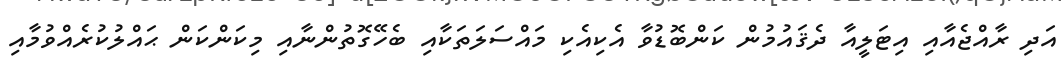
އަދި ރާއްޖެއާއި އިޓަލީއާ ދެޤައުމުން ކަންބޮޑުވާ އެކިއެކި މައްސަލަތަކާއި ބެހޭގޮތުންނާއި މިކަންކަން ޙައްލުކުރެއްވުމާއި